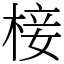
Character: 椄